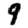
Digit: 9